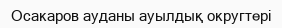
Осакаров ауданы ауылдық округтері